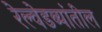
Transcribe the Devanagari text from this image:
रेल्वेडब्यांतील